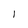
Character: l